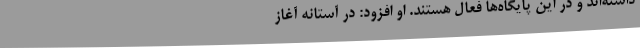
داشته‌اند و در این پایگاه‌ها فعال هستند. او افزود: در آستانه آغاز